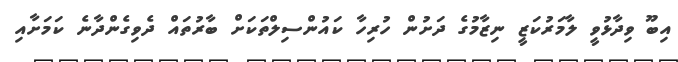
އިބޫ ވިދާޅުވީ ލާމަރުކަޒީ ނިޒާމުގެ ދަށުން ހުރިހާ ކައުންސިލްތަކަށް ބާރުތައް ދެވިގެންދާނެ ކަމަށާއި